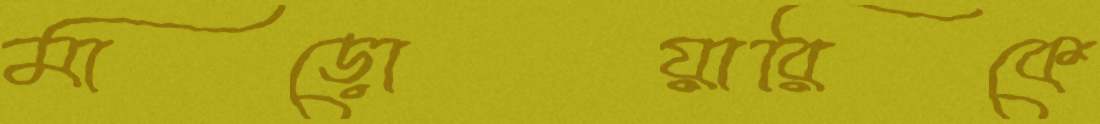
মাড়োয়ারিকে